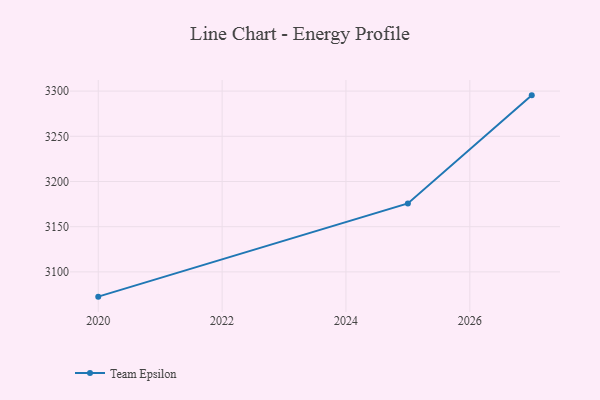
{"axis": {"x": "Year", "y": "Customer Acquisition Cost (USD)"}, "legend": ["Team Epsilon"], "data": [{"x": "2020", "y": 3072.6, "type": "Team Epsilon"}, {"x": "2025", "y": 3175.7, "type": "Team Epsilon"}, {"x": "2027", "y": 3295.3, "type": "Team Epsilon"}]}